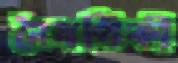
নৈসর্গিকী